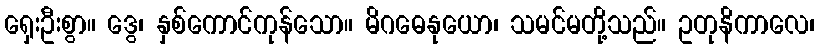
ရှေးဦးစွာ။ ဒွေ၊ နှစ်ကောင်ကုန်သော။ မိဂဓေနုယော၊ သမင်မတို့သည်။ ဥတုနိကာလေ၊